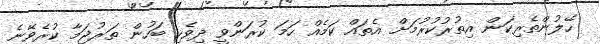
ހޭލުންތެރިކަން އިތުރުކުރުމަށް އެތައް ކަމެއް ހަމަ ކުރަންވީ ދިވެހި ބަހުން ތަރުޖަމާ ކުރެވޭނެ